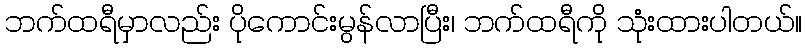
ဘက်ထရီမှာလည်း ပိုကောင်းမွန်လာပြီး၊ ဘက်ထရီကို သုံးထားပါတယ်။